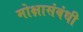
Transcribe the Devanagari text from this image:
मोक्षासंबंधी